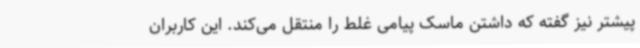
پیشتر نیز گفته که داشتن ماسک پیامی غلط را منتقل می‌کند. این کاربران